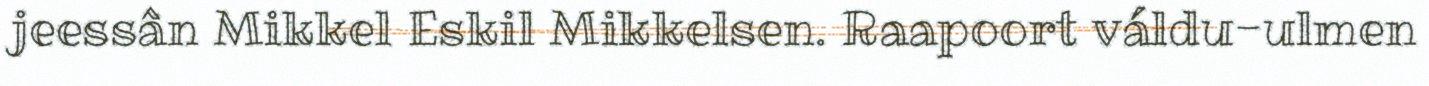
jeessân Mikkel Eskil Mikkelsen. Raapoort váldu-ulmen